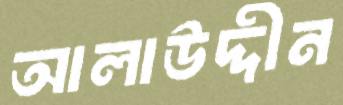
আলাউদ্দীন